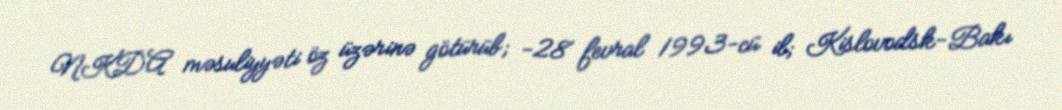
NKDA məsuliyyəti öz üzərinə götürüb; -28 fevral 1993-cü il; Kislovodsk-Bakı